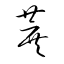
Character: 蔗